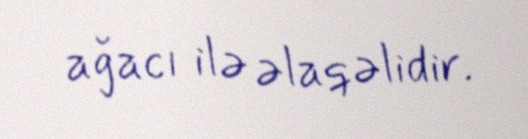
ağacı ilə əlaqəlidir.